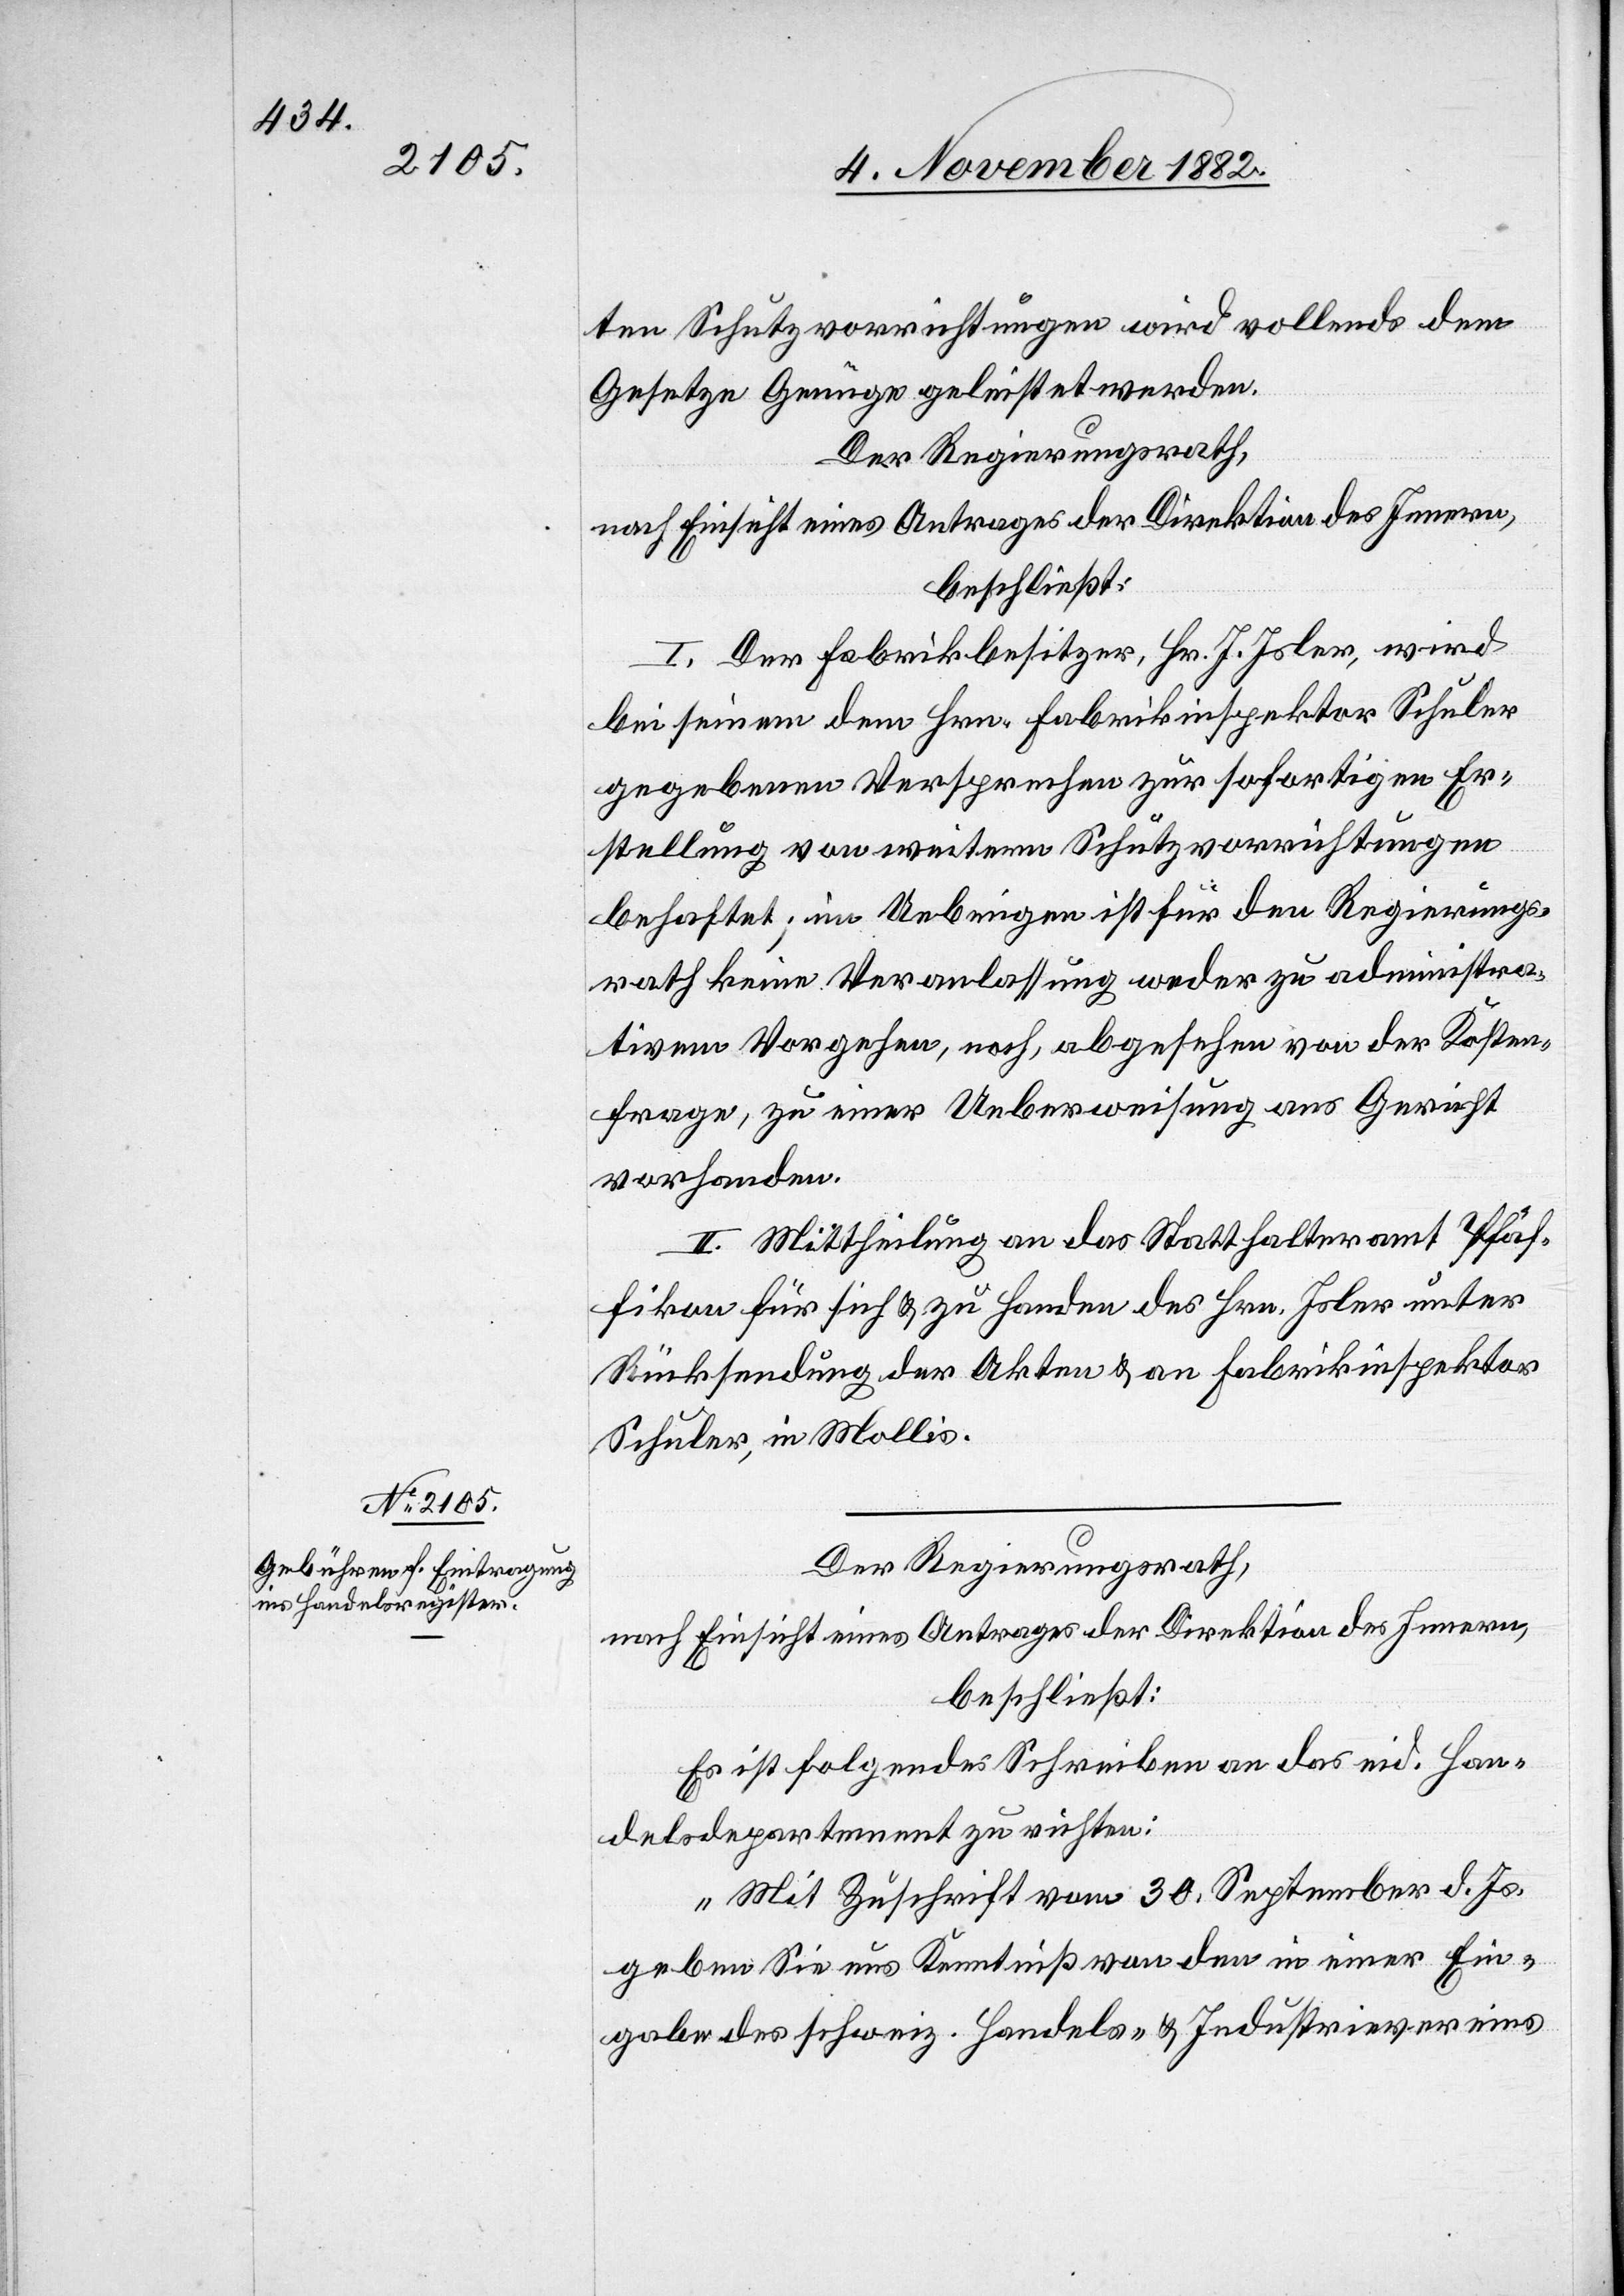
ten Schutzvorrichtungen wird vollends dem
Gesetze Genüge geleistet werden.
Der Regierungsrath,
nach Einsicht eines Antrages der Direktion des Innern,
beschließt:
I. Der Fabrikbesitzer, Hr. J. Isler, wird
bei seinem dem Hrn. Fabrikinspektor Schuler
gegebenen Versprechen zur sofortigen Er¬
stellung von weitern Schutzvorrichtungen
behaftet; im Uebrigen ist für den Regierungs¬
rath keine Veranlassung weder zu administra¬
tivem Vorgehen, noch, abgesehen von der Kosten¬
frage, zu einer Ueberweisung ans Gericht
vorhanden.
II. Mittheilung an das Statthalteramt Pfäf¬
fikon für sich & zu Handen des Hrn. Isler unter
Rücksendung der Akten & an Fabrikinspektor
Schuler, in Mollis.
Der Regierungsrath,
nach Einsicht eines Antrages der Direktion des Innern,
beschließt:
Es ist folgendes Schreiben an das eid. Han¬
delsdepartement zu richten:
„Mit Zuschrift vom 30. September d. Js.
geben Sie uns Kenntniß von den in einer Ein¬
gabe des schweiz. Handels- & Industrievereins